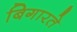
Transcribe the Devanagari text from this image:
बिगारते